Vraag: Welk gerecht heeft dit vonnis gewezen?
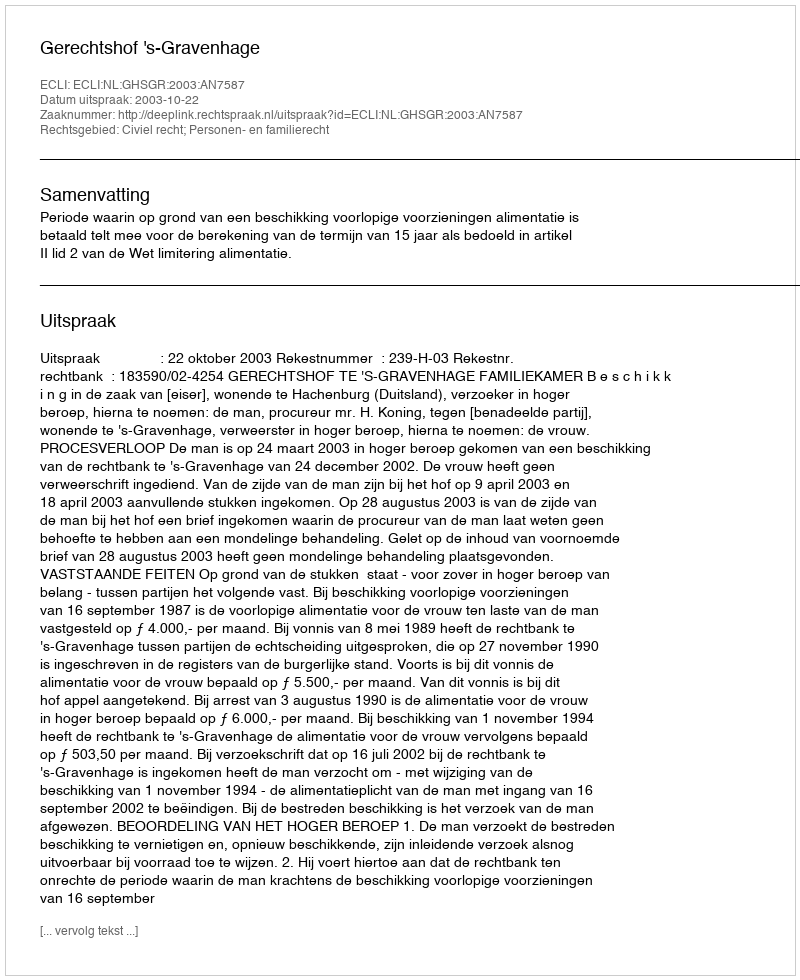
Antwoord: Gerechtshof 's-Gravenhage